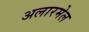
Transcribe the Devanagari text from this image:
अलारमेल